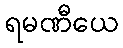
ရမဏီယေ